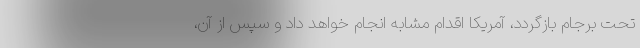
تحت برجام بازگردد، آمریکا اقدام مشابه انجام خواهد داد و سپس از آن،